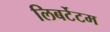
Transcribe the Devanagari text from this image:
लिबर्टेटम